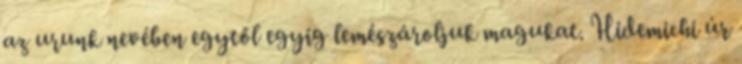
az urunk nevében egytől egyig lemészároljuk magukat. Hidemichi úr